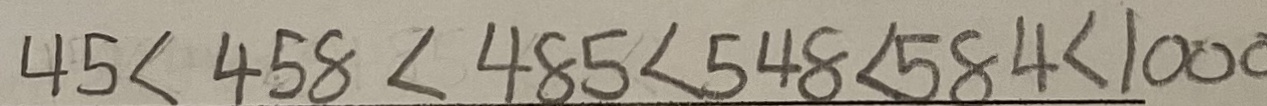
4 5 < 4 5 8 < 4 8 5 < 5 4 8 < 5 8 4 < 1 0 0 0